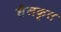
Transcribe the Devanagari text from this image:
शैलकृत